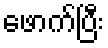
ဖောက်ပြီး